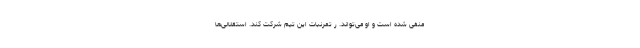
منفی شده است و او می‌تواند. ر تمرنبات این تیم شرکت کند. استقلالی‌ها